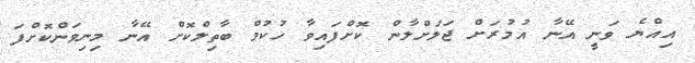
އިއްޔެ ވަނީ އޭނާ އުމުރަށް ޖަލަށްލާން ކޮށްފައިވާ ހުކުމް ބާތިލްކޮށް އޭނާ މިނިވަންކޮށްފަ